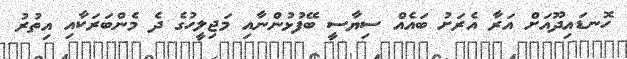
ހޮނޑައިދޫއަށް އަރާ އެރަށު ބައެއް ސިޔާސީ ބޭފުޅުންނާއި މަޖިލީހުގެ ދެ މެންބަރަކާއި އިތުރު